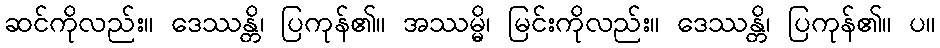
ဆင်ကိုလည်း။ ဒေဿန္တိ၊ ပြကုန်၏။ အဿမ္မိ၊ မြင်းကိုလည်း။ ဒေဿန္တိ၊ ပြကုန်၏။ ပ။